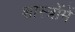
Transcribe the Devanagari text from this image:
शास्‍त्रोंमें